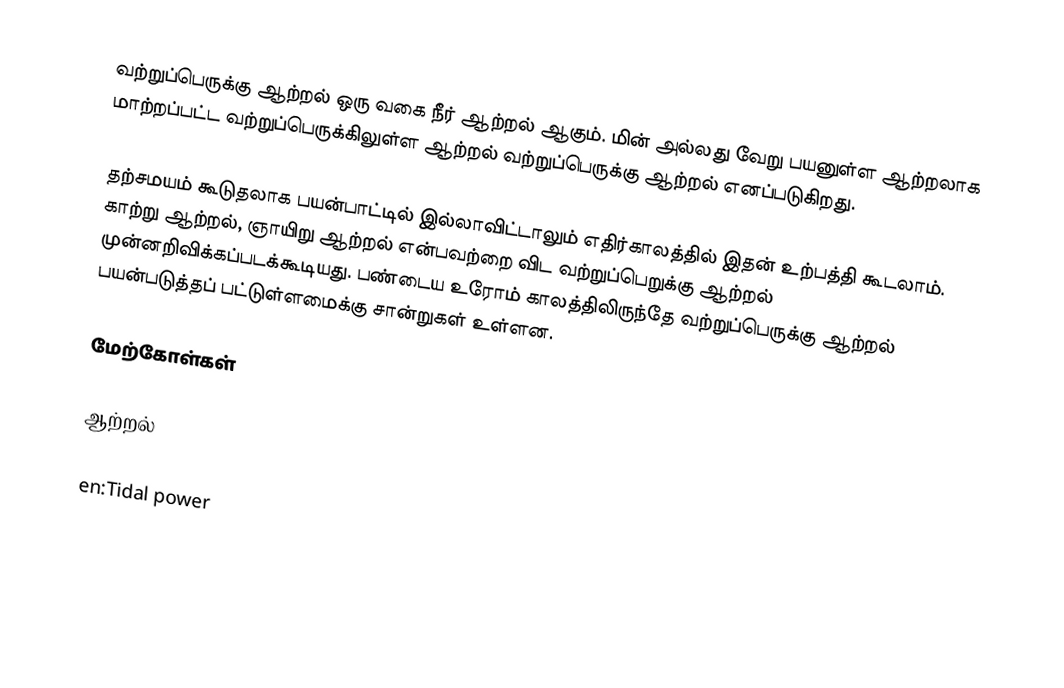
வற்றுப்பெருக்கு ஆற்றல் ஒரு வகை நீர் ஆற்றல் ஆகும். மின் அல்லது வேறு பயனுள்ள ஆற்றலாக மாற்றப்பட்ட வற்றுப்பெருக்கிலுள்ள ஆற்றல் வற்றுப்பெருக்கு ஆற்றல் எனப்படுகிறது.

தற்சமயம் கூடுதலாக பயன்பாட்டில் இல்லாவிட்டாலும் எதிர்காலத்தில் இதன் உற்பத்தி கூடலாம். காற்று ஆற்றல், ஞாயிறு ஆற்றல் என்பவற்றை விட வற்றுப்பெறுக்கு ஆற்றல் முன்னறிவிக்கப்படக்கூடியது. பண்டைய உரோம் காலத்திலிருந்தே வற்றுப்பெருக்கு ஆற்றல் பயன்படுத்தப் பட்டுள்ளமைக்கு சான்றுகள் உள்ளன.

மேற்கோள்கள்

ஆற்றல்

en:Tidal power